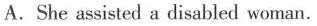
A. She assisted a disabled woman.